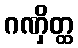
ဂဏှိတ္ထ